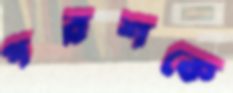
পরশকে